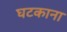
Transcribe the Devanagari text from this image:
घटकाना